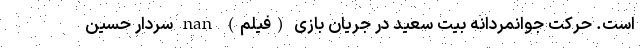
است. حرکت جوانمردانه بیت سعید در جریان بازی (فیلم) nan سردار حسین